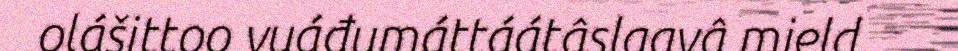
olášittoo vuáđumáttáátâslaavâ mield.